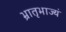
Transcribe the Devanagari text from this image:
भ्रातृभाज्यं